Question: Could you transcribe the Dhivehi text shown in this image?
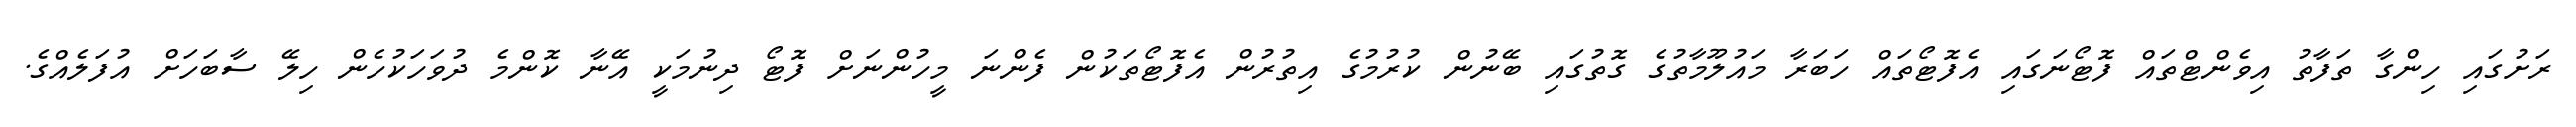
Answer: ރަށުގައި ހިންގާ ތަފާތު އިވެންޓްތައް ފޮޓޯނަގައި އެފޮޓޯތައް ހަބަރާ މައުލޫމާތުގެ ގޮތުގައި ބޭނުން ކުރުމުގެ އިތުރުން އެފޮޓޯތަކުން ފެންނަ މީހުންނަށް ފޮޓޯ ދިނުމަކީ އޭނާ ކޮންމެ ދުވަހަކުހެން ހިލޭ ސާބަހަށް އުފަލެއްގެ.